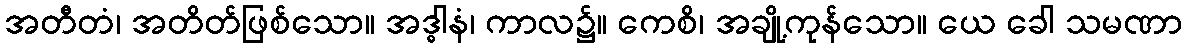
အတီတံ၊ အတိတ်ဖြစ်သော။ အဒ္ဓါနံ၊ ကာလ၌။ ကေစိ၊ အချို့ကုန်သော။ ယေ ခေါ သမဏာ